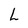
Character: L